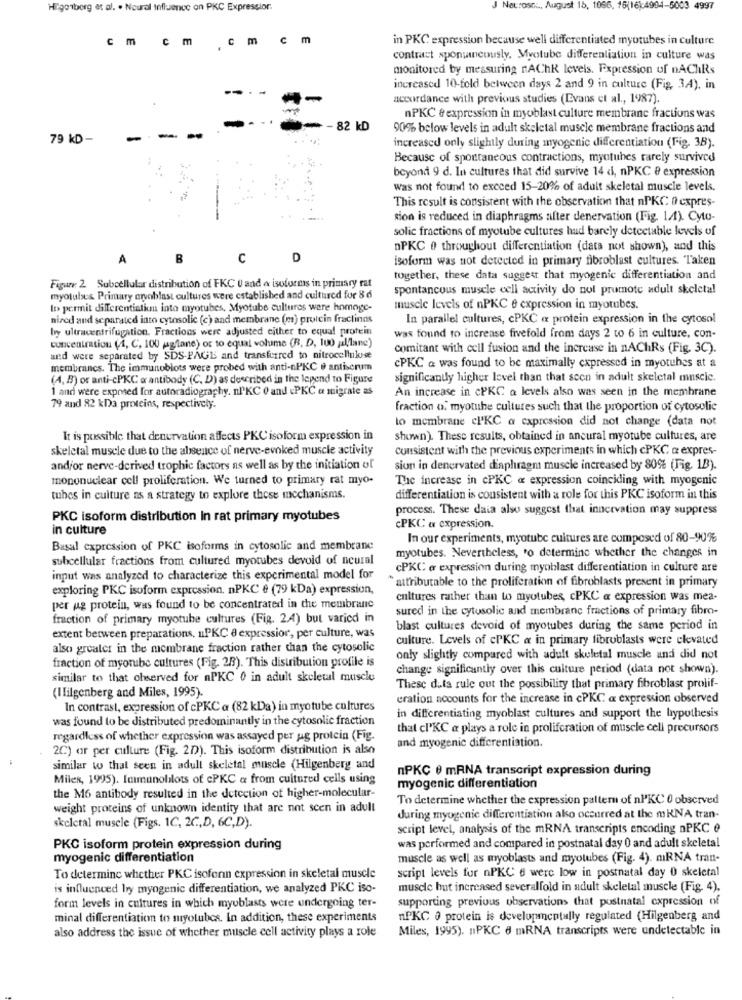
Higosborg et al. . Noural influence on PKC Expresslor.
J Neuroses, August 15, 1066, 16(16):4994-5003 4997
cm cm
Cm cm
in PKC expression because well differentiated myotubes in culture
contract sponumnewusly. Myotube differentiation in culture was
monitored by measuring rAChR levels. Expression of nAChRs
increased 10-fold between days 2 and 9 in culture (Fig, 34), in
accordance with previous studies (Evans et al ., 1987).
nPKC & expression in myoblast culture membrane fractions was
- 82 kD
90% below levels in adult skeletal muscle membrane fractions and
79 KD -
-
increased only slightly during myogenic differentiation (Fig. 3B).
Because of spontaneous contractions, myotubes rarely survived
beyond 9 d. In cultures that did survive 14 d, nPKC @ expression
Was not found to exceed 15-20% of adult skeletal muscle levels.
This result is consistent with the observation that nPKC 0 cxpres-
sion is reduced in diaphragms after denervation (Fig. 1.1). Cyto-
solic fractions of myotube cultures hud barely detectable levels of
nPKC 0 throughout differentiation (data not shown), and this
A
B
C
D
isoform was not detected in primary fibroblast cultures. Taken
together, these data suggest that myogenic differentiation and
Figure 2 Subcellular distribution of FKC U and & isoforms in primary rat
spontancous muscle cell activity do nol promote adult skeletal
myotubes Primary crvoblast cultures were established and cultured fur 8 6
to permit differentistim into myotubes, Myotube cultures were homoge-
muscle levels of nPKC e expression in myotubes.
nired and separated into cytosolic (c) and membrane (m) prolein fraclinds
In parallel cultures, cPKC & protein expression in the cytosol
by ultracentrifugation. Fractions were adjusted either to equal protein
was found to increase fivefold from days 2 to 6 in culture, con-
concentration (4, C, 100 jaglane) or to equal volume (R. D, 100 pal,lane)
Comitant with cell fusion and the increase in nAChRs (Fig. 3C).
and were separated by SDS-PAGE and transferred to nitrocellulose
membrancs. The immunoblots were probed with anti-nPKC e antiscrum
cPKC a was found to be maximally expressed in myotubes at a
(4, B) or anti-cPKC e antibody (C, D) as described in the lepend to Figure
significantly higher level than that scon in adult skeletal muscle.
1 and were exposed for autoradiography. nlKC 0 and &PKC a migrate as
An increase in cPKC a levels also was seen in the membrane
79 and 82 kDa proteins, respectively.
fraction o. myotube cultures such that the proportion of cytosolie
lo membrane cl'KC a expression did not change (data not
It is possible that denervation affects PKC isoform expression in
shown). These results, obtained in ancural myotube cultures, are
skeletal muscle due to the absence of nerve-evoked muscle activity
Consistent with the previous experiments in which cPKC a expres-
and/or nerve-derived trophic factors as well as by the initiation of
sion in denervated diaphragm muscle increased by 80% (Fig. 1B).
mononuclear cell proliferation. We turned to primary rat myo-
The increase in cPKC « expression coinciding with myogenic
tubes in culture ns a strategy to explore these mechanisms.
differentiation is consistent with a role for this PKC isoform in this
process. These daia also suggest that innervation may suppress
PKC isoform distribution In rat primary myotubes
in culture
cPKC & expression.
In our experiments, myotube cultures are composed of 80-90%
Basal expression of PKC isoforms in cytosolie and membrane
subcellular fractions from cultured myotubes devold of neural
myotubes. Nevertheless, to determine whether the changes in
cPKC @ expression during myoblast differentiation in culture are
input was analyzed to characterize this experimental model for
attributable to the proliferation of fibroblasts present in primary
exploring PKC isoform expression, nPKC & (79 kDa) expression,
cultures rather than to myotubes, cPKC a expression was mea-
per ug protein, was found to be concentrated in the membrane
sured in the cytusolic and membrane fractions of primary fibro-
fraction of primary myotube cultures (Fig. 2.4) but varied in
blast cultures devoid of myotubes during the same period in
extent between preparations, uPKC 8 expressior, per culture, was
culture. Levels of cPKC « in primary fibroblasts were elevated
also greater in the membrane fraction rather than the cytosolic
fraction of myorube cultures (Pig. 28). This distribution profile is
only slightly compared with adult skeletal muscle and did not
change significantly over this culture period (data not shown).
similar to that chserved for nPKC 0 in adult skeletal muscle
These data rule out the possibility that primary fibroblast prolif-
(Ililgenberg and Miles, 1995).
eration accounts for the increase in cPKC a expression observed
In contrast, expression of cPKC a (82 kDa) in myotube cultures
was found to be distributed predominantly in the cytosolic fraction
in differentiating myoblast cultures and support the hypothesis
that cl'KC a plays a role in proliferation of muscle cell precursors
regardless of whether expression was assayed per uig protein (Fig.
and myogenic differentiation.
2C) or per culture (Fig. 2D). This isoform distribution is also
similar to that seen in adult skeletal muscle (Hilgenberg and
nPKC 0 mRNA transcript expression during
Miles, 1995). Immunoblots of cPKC a from cultured cells using
myogenic differentiation
the M6 antibody resulted in the detection of higher-molecular-
To determine whether the expression pattern of nPKC 0 observed
weight proteins of unknown identity that are not seen in adult
during myogenic differentiation also occurred at the m KNA tran-
skeletal muscle (Figs. 1C, 2C,D, 6C,D).
script level, analysis of the mRNA transcripts encoding nPKC e
PKC isoform protein expression during
was performed and compared in postnatal day 0 and adult skeletal
myogenic differentiation
muscle as well as myoblasts and myotubes (Fig. 4). miRNA tran-
script levels fur nPKC 6 were low in postnatal day 0 skeletal
To determine whether PKC isoforin expression in skeletal muscle
is influenced by myogenic differentiation, we analyzed PKC iso-
muscle hut increased severalfold in adult skeletal muscle (Fig. 4).
supporting previous observations that postnatal expression of
form levels in cultures in which myublasts were undergoing ter-
minal differentiation to myolubcs. In addition, these experiments
nPKC 0 protein is developmentally regulated (Hilgenberg and
Miles, 1995). nPKC 6 mRNA transcripts were undetectable in
also address the issue of whether muscle cell activity plays a role